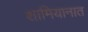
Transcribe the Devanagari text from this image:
शामियानात